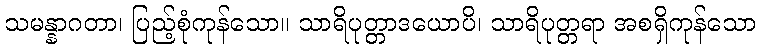
သမန္နာဂတာ၊ ပြည့်စုံကုန်သော။ သာရိပုတ္တာဒယောပိ၊ သာရိပုတ္တရာ အစရှိကုန်သော